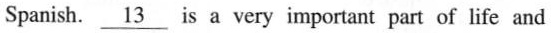
Spanish. \underline{13}